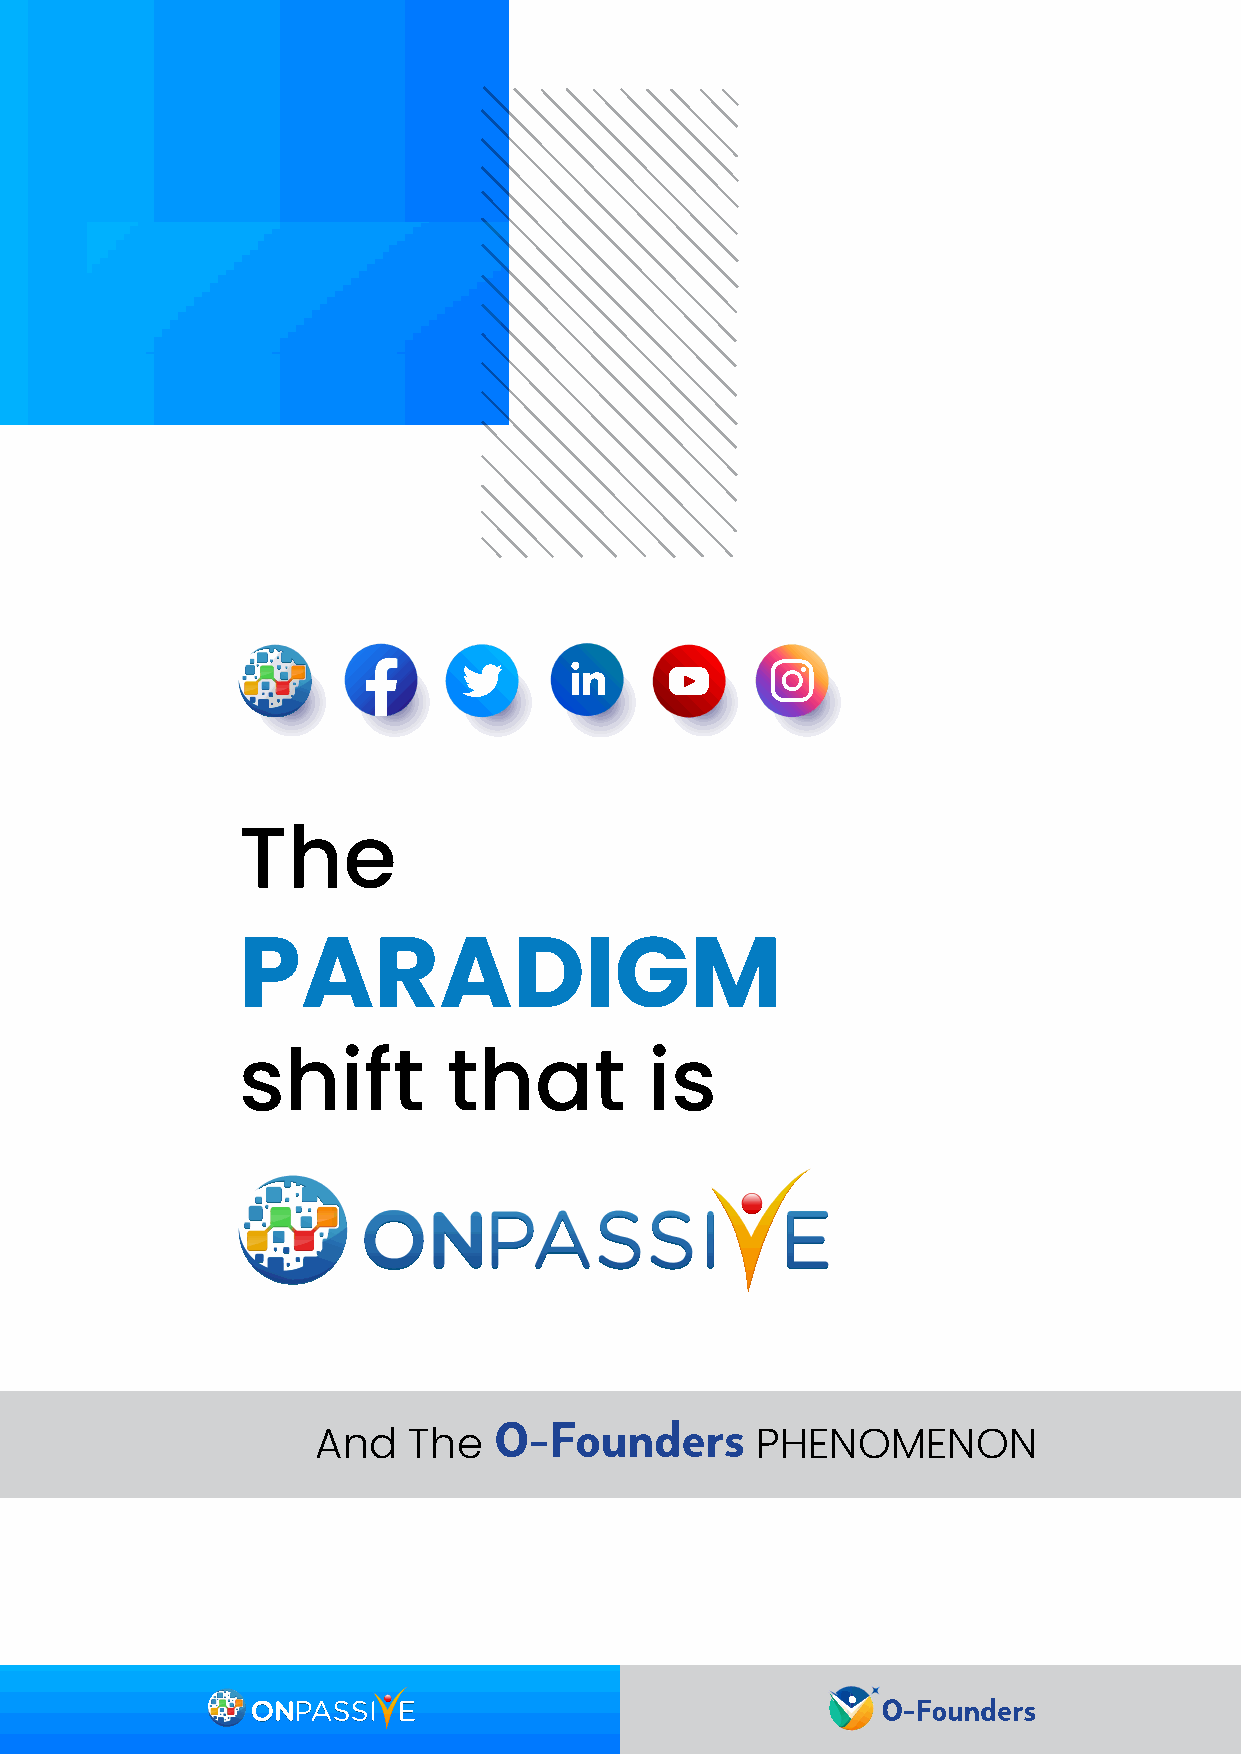
The
 PARADIGM
 shift         that         is
 And   The                    PHENOMENON